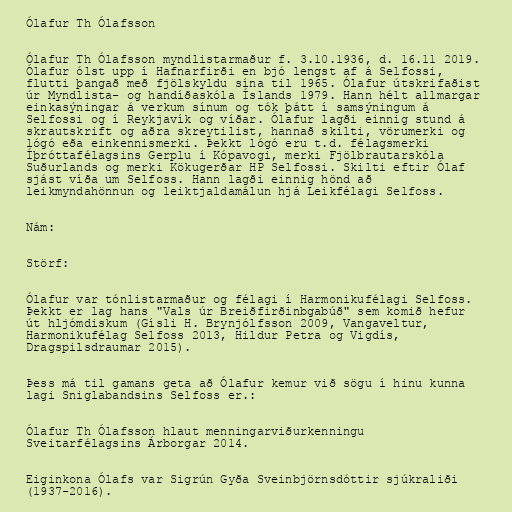
Ólafur Th Ólafsson

Ólafur Th Ólafsson myndlistarmaður f. 3.10.1936, d. 16.11 2019.
Ólafur ólst upp í Hafnarfirði en bjó lengst af á Selfossi,
flutti þangað með fjölskyldu sína til 1965. Ólafur útskrifaðist
úr Myndlista- og handíðaskóla Íslands 1979. Hann hélt allmargar
einkasýningar á verkum sínum og tók þátt í samsýningum á
Selfossi og í Reykjavík og víðar. Ólafur lagði einnig stund á
skrautskrift og aðra skreytilist, hannað skilti, vörumerki og
lógó eða einkennismerki. Þekkt lógó eru t.d. félagsmerki
Íþróttafélagsins Gerplu í Kópavogi, merki Fjölbrautarskóla
Suðurlands og merki Kökugerðar HP Selfossi. Skilti eftir Ólaf
sjást víða um Selfoss. Hann lagði einnig hönd að
leikmyndahönnun og leiktjaldamálun hjá Leikfélagi Selfoss.

Nám:

Störf:

Ólafur var tónlistarmaður og félagi í Harmonikufélagi Selfoss.
Þekkt er lag hans "Vals úr Breiðfirðinbgabúð" sem komið hefur
út hljómdiskum (Gísli H. Brynjólfsson 2009, Vangaveltur,
Harmonikufélag Selfoss 2013, Hildur Petra og Vigdís,
Dragspilsdraumar 2015).

Þess má til gamans geta að Ólafur kemur við sögu í hinu kunna
lagi Sniglabandsins Selfoss er.:

Ólafur Th Ólafsson hlaut menningarviðurkenningu
Sveitarfélagsins Árborgar 2014.

Eiginkona Ólafs var Sigrún Gyða Sveinbjörnsdóttir sjúkraliði
(1937-2016).